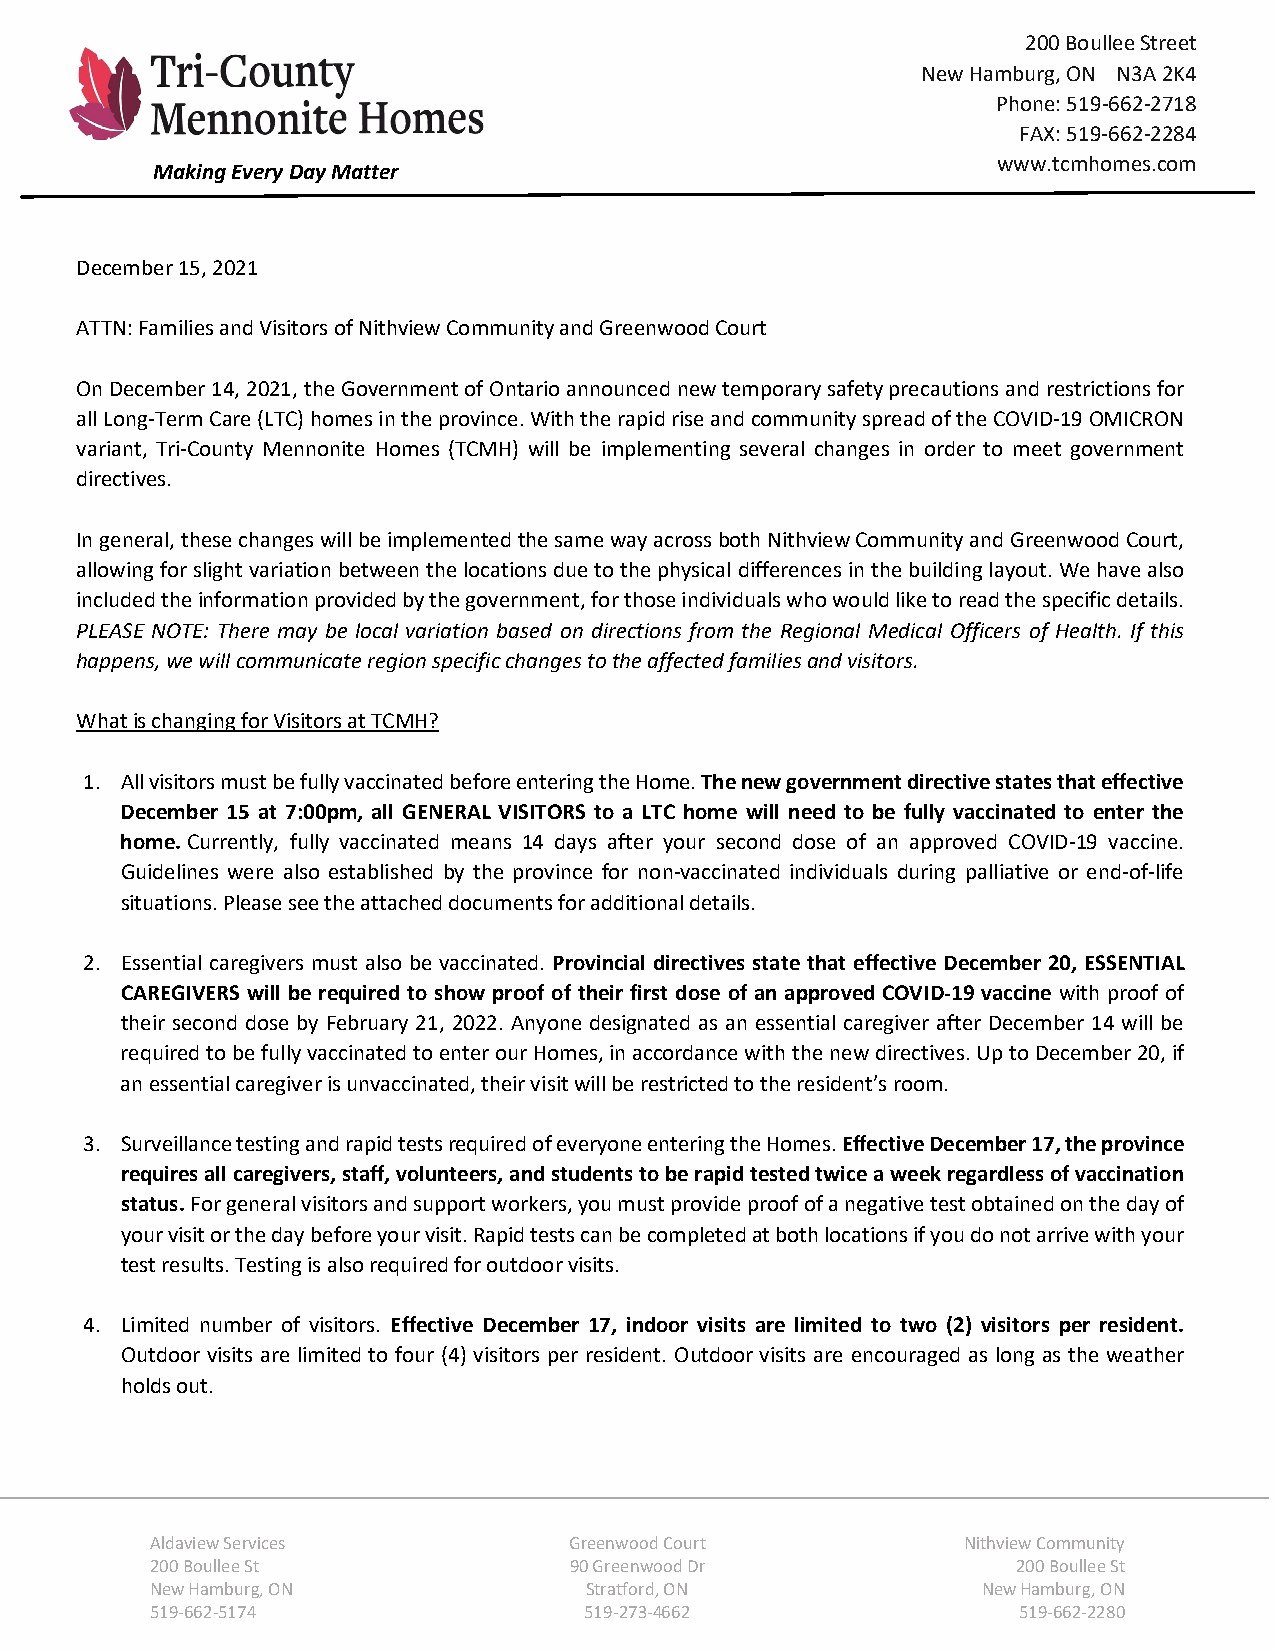
200 Boullee Street
 New Hamburg, ON N3A 2K4
 Phone: 519-662-2718
 FAX: 519-662-2284
 www.tcmhomes.com
 Making Every Day Matter
 December 15, 2021
 ATTN: Families and Visitors of Nithview Community and Greenwood Court
 On December 14, 2021, the Government of Ontario announced new temporary safety precautions and restrictions for
 all Long-Term Care (LTC) homes in the province. With the rapid rise and community spread of the COVID-19 OMICRON
 variant, Tri-County Mennonite Homes (TCMH) will be implementing several changes in order to meet government
 directives.
 In general, these changes will be implemented the same way across both Nithview Community and Greenwood Court,
 allowing for slight variation between the locations due to the physical differences in the building layout. We have also
 included the information provided by the government, for those individuals who would like to read the specific details.
 PLEASE NOTE: There may be local variation based on directions from the Regional Medical Officers of Health. If this
 happens, we will communicate region specific changes to the affected families and visitors.
 What is changing for Visitors at TCMH?
 1. All visitors must be fully vaccinated before entering the Home. The new government directive states that effective
 December 15 at 7:00pm, all GENERAL VISITORS to a LTC home will need to be fully vaccinated to enter the
 home. Currently, fully vaccinated means 14 days after your second dose of an approved COVID-19 vaccine.
 Guidelines were also established by the province for non-vaccinated individuals during palliative or end-of-life
 situations. Please see the attached documents for additional details.
 2. Essential caregivers must also be vaccinated. Provincial directives state that effective December 20, ESSENTIAL
 CAREGIVERS will be required to show proof of their first dose of an approved COVID-19 vaccine with proof of
 their second dose by February 21, 2022. Anyone designated as an essential caregiver after December 14 will be
 required to be fully vaccinated to enter our Homes, in accordance with the new directives. Up to December 20, if
 an essential caregiver is unvaccinated, their visit will be restricted to the resident’s room.
 3. Surveillance testing and rapid tests required of everyone entering the Homes. Effective December 17, the province
 requires all caregivers, staff, volunteers, and students to be rapid tested twice a week regardless of vaccination
 status. For general visitors and support workers, you must provide proof of a negative test obtained on the day of
 your visit or the day before your visit. Rapid tests can be completed at both locations if you do not arrive with your
 test results. Testing is also required for outdoor visits.
 4. Limited number of visitors. Effective December 17, indoor visits are limited to two (2) visitors per resident.
 Outdoor visits are limited to four (4) visitors per resident. Outdoor visits are encouraged as long as the weather
 holds out.
 Aldaview Services           Greenwood Court           Nithview Community
 200 Boullee St              90 Greenwood Dr              200 Boullee St
 New Hamburg, ON              Stratford, ON             New Hamburg, ON
 519-662-5174                 519-273-4662                519-662-2280